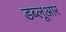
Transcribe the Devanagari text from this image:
डब्लूआर